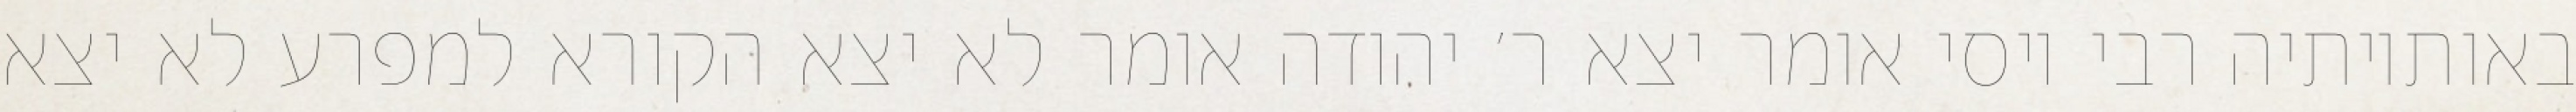
באותיותיה רבי יוסי אומר יצא ר׳ יהודה אומר לא יצא הקורא למפרע לא יצא